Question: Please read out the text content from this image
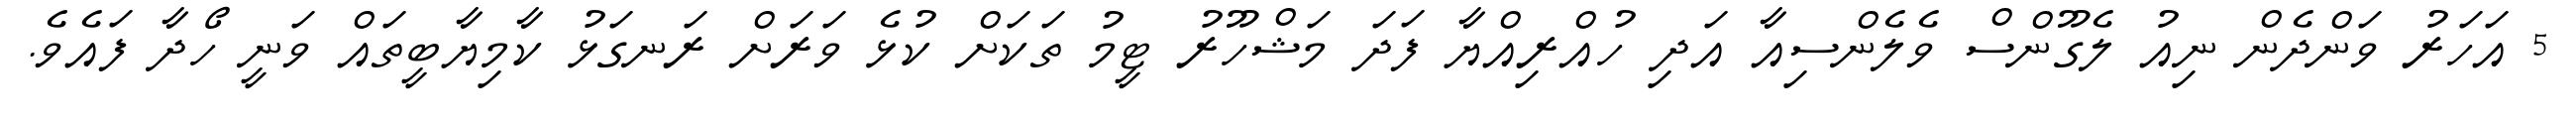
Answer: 5 އަހަރު ވަންދެން ނިއު ލެގޫންސް ވެލެންސިއާ އަދި ހުއްރިއްޔާ ފަދަ މަޝްހޫރު ޓީމު ތަކަށް ކުޅެ ވަރަށް ރަނގަޅު ކާމިޔާބީތައް ވަނީ ހޯދާ ފައެވެ.